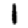
Digit: 1